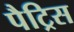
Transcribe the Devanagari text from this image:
पैट्रिस